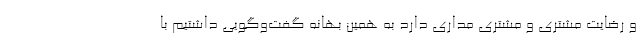
و رضایت مشتری و مشتری مداری دارد به همین بهانه گفت‌وگویی داشتیم با